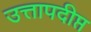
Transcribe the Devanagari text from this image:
उत्तापदीप्त